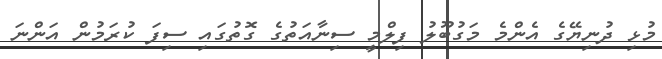
މުޅި ދުނިޔޭގެ އެންމެ މަގުބޫލު ފިލްމީ ސިނާއަތުގެ ގޮތުގައި ސިފަ ކުރަމުން އަންނަ